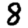
Digit: 8